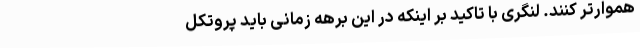
هموارتر کنند. لنگری با تاکید بر اینکه در این برهه زمانی باید پروتکل